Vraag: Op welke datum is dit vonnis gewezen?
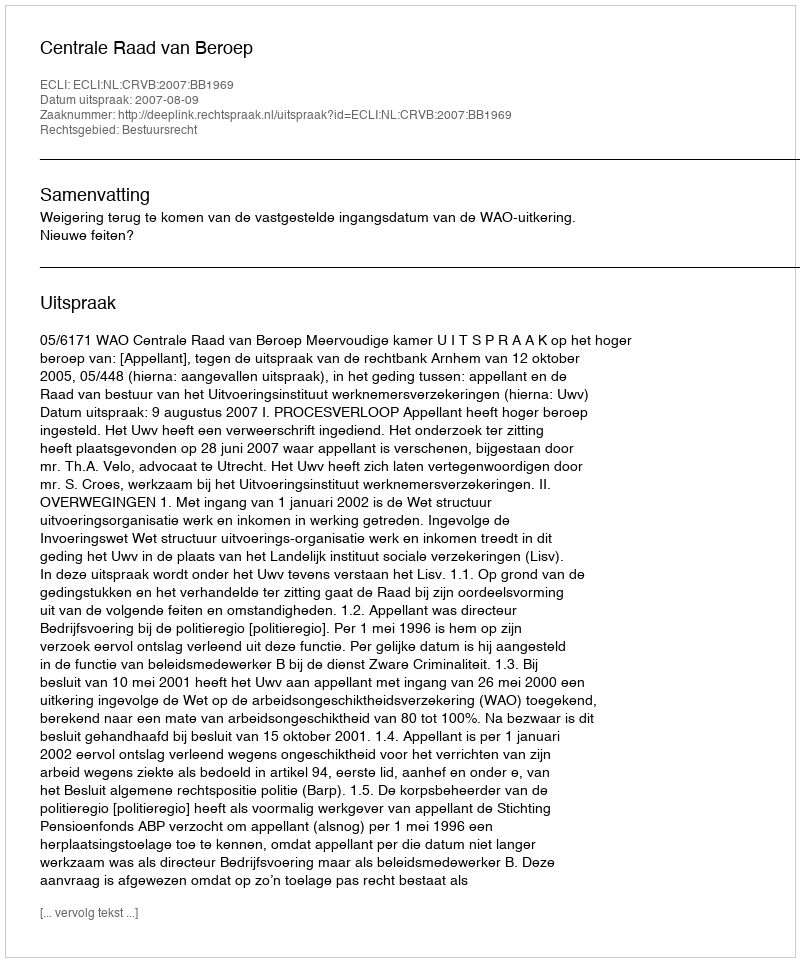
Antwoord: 2007-08-09